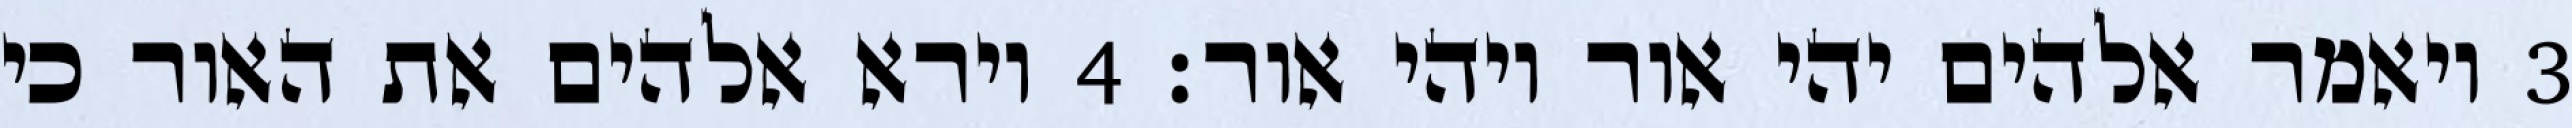
‎3‏ ויאמר אלהים יהי אור ויהי אור׃ ‎4‏ וירא אלהים את האור כי